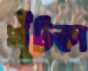
শুঁটকা